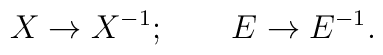
X \rightarrow X^{-1}; \qquad E \rightarrow E^{-1}.